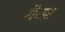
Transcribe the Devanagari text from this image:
गैयर